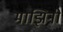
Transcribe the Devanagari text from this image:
माझिनी